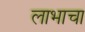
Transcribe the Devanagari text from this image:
लाभाचा